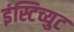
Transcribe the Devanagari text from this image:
इंस्टिच्युट